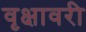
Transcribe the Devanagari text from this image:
वृक्षावरी